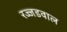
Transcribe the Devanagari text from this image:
रज्जडवाल